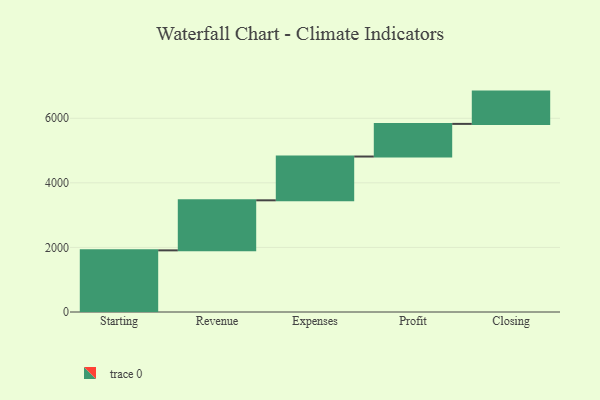
{"axis": {"x": "Step", "y": "Value"}, "legend": [""], "data": [{"x": "Starting", "y": 1909.0, "type": ""}, {"x": "Revenue", "y": 1550.0, "type": ""}, {"x": "Expenses", "y": 1356.0, "type": ""}, {"x": "Profit", "y": 1011.0, "type": ""}, {"x": "Closing", "y": 1000, "type": ""}]}